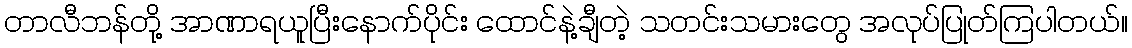
တာလီဘန်တို့ အာဏာရယူပြီးနောက်ပိုင်း ထောင်နဲ့ချီတဲ့ သတင်းသမားတွေ အလုပ်ပြုတ်ကြပါတယ်။